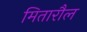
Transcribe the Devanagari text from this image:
मितारौल